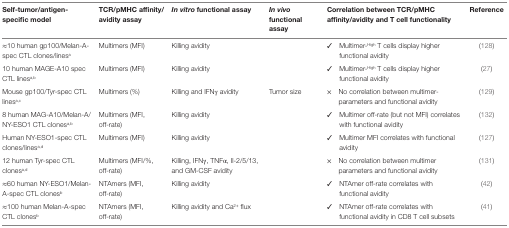
| Self-tumor/antigen-specific model | TCR/pMHC affinity/avidity assay | In vitro functional assay | In vivo functional assay | Correlation between TCR/pMHC affinity/avidity and T cell functionality | Reference |
 | --- | --- | --- | --- | --- | --- |
 | ≈10 human gp100/Melan-A-spec CTL clones/linesa | Multimers (MFI) | Killing avidity |  | ✓ Multimer-High T cells display higher functional avidity | (128) |
 | 10 human MAGE-A10 spec CTL linesa,b | Multimers (MFI) | Killing avidity |  | ✓ Multimer-High T cells display higher functional avidity | (27) |
 | Mouse gp100/Tyr-spec CTL linesa,c | Multimers (%) | Killing and IFNγ avidity | Tumor size | × No correlation between multimer-parameters and functional avidity | (129) |
 | 8 human MAG-A10/Melan-A/NY-ESO1 CTL clonesa,b | Multimers (MFI, off-rate) | Killing avidity |  | ✓ Multimer off-rate (but not MFI) correlates with functional avidity | (132) |
 | Human NY-ESO1-spec CTL clones/linesa,d | Multimers (MFI) | Killing avidity |  | ✓ Multimer MFI correlates with functional avidity | (127) |
 | 12 human Tyr-spec CTL clonesa,d | Multimers (MFI/%, off-rate) | Killing, IFNγ, TNFα, Il-2/5/13, and GM-CSF avidity |  | × No correlation between multimer parameters and functional avidity | (131) |
 | ≈60 human NY-ESO1/Melan-A-spec CTL clonesb | NTAmers (MFI, off-rate) | Killing avidity |  | ✓ NTAmer off-rate correlates with functional avidity | (42) |
 | ≈100 human Melan-A-spec CTL clonesb | NTAmers (MFI, off-rate) | Killing avidity and Ca2+ flux |  | ✓ NTAmer off-rate correlates with functional avidity in CD8 T cell subsets | (41) |